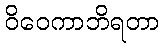
ဝိဝေကာဘိရတာ